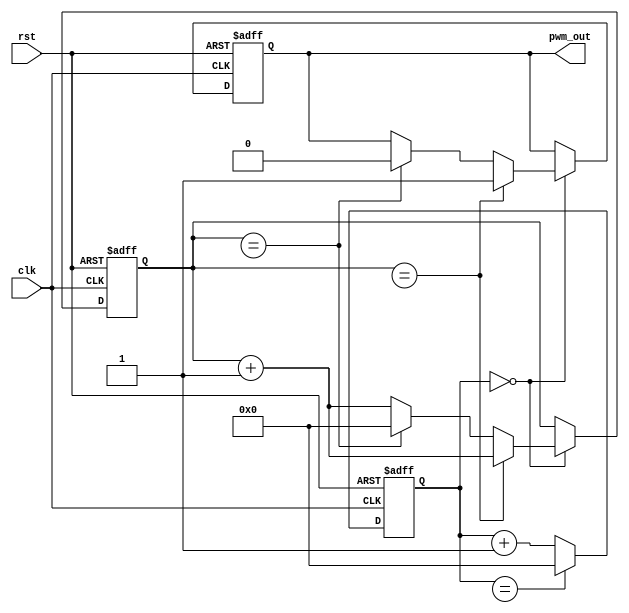
module PWM_Pulse_Generator(
    input wire clk,
    input wire rst,
    output reg pwm_out
);

reg [15:0] clk_divider = 0;
reg [15:0] counter = 0;
reg comparator_output = 0;

always @(posedge clk or posedge rst) begin
    if (rst) begin
        clk_divider <= 0;
        counter <= 0;
        comparator_output <= 0;
        pwm_out <= 0;
    end else begin
        if (clk_divider == 0) begin
            counter <= counter + 1;
            if (counter == PWM_WIDTH) begin
                pwm_out <= 1;
            end else if (counter == PWM_PERIOD) begin
                pwm_out <= 0;
                counter <= 0;
                comparator_output <= comparator_output + 1;
                if (comparator_output == DUTY_CYCLE) begin
                    comparator_output <= 0;
                end
            end
        end
        
        clk_divider <= clk_divider + 1;
        if (clk_divider == CLKDIV) begin
            clk_divider <= 0;
        end
    end
end

endmodule